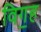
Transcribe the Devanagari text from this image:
विग॒ह